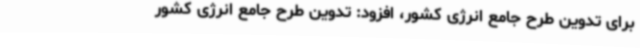
برای تدوین طرح جامع انرژی کشور، افزود: تدوین طرح جامع انرژی کشور